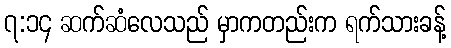
၇:၁၄ ဆက်ဆံလေသည် မှာကတည်းက ရက်သားခန့်